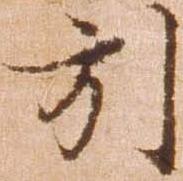
引